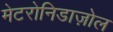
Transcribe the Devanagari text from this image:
मेटरोनिडाज़ोल